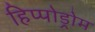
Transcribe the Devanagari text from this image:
हिप्पोड्रोम